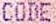
CODE